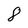
Character: 8